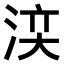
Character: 𣵉